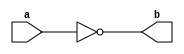
module abc9_test008_sub(input a, output b);
assign b = ~a;
endmodule